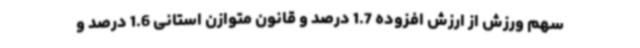
سهم ورزش از ارزش افزوده 1.7 درصد و قانون متوازن استانی 1.6 درصد و